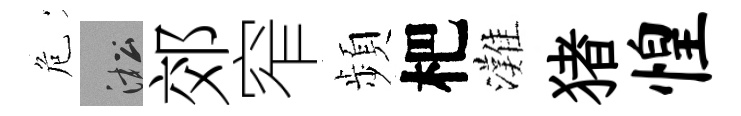
危淞郊窄頻杷灘猪惶